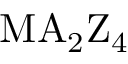
\mathrm { M A _ { 2 } Z _ { 4 } }